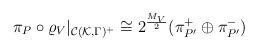
LaTeX: \begin{align*}\pi_P\circ\varrho_V|_{{\cal C}({\cal K},\Gamma)^+}\cong 2^\frac{M_V}{2}(\pi_{P'}^+\oplus\pi_{P'}^-)\end{align*}